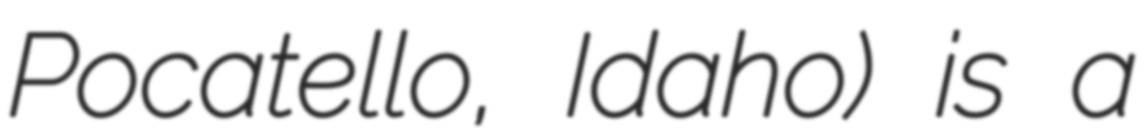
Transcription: Pocatello, Idaho) is a